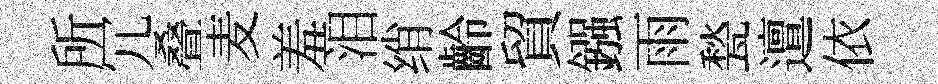
所冗叠麦羞泪绡齡貿鏹雨甃邅依